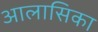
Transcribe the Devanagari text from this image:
आलासिका